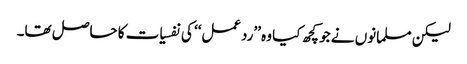
لیکن مسلمانوں نے جو کچھ کیا وہ ’’ردعمل‘‘ کی نفسیات کا حاصل تھا۔